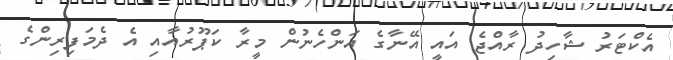
އެކްޓަރު ޝާހިދު ރާއްޖެ އައީ އޭނާގެ އަންހެނުން މީރާ ކަޕޫރުއާއި އެ ދެމަފިރިންގެ